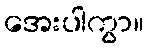
အေးပါကွာ။